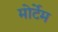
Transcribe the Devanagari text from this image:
मोर्टेम